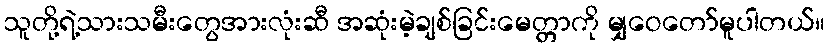
သူတို့ရဲ့သားသမီးတွေအားလုံးဆီ အဆုံးမဲ့ချစ်ခြင်းမေတ္တာကို မျှဝေတော်မူပါတယ်။